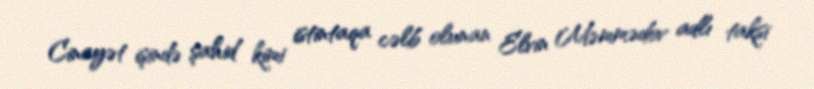
Cinayət işində şahid kimi istintaqa cəlb olunan Elvin Məmmədov adlı taksi